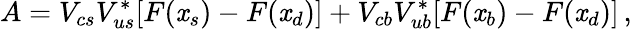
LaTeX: A=V_{cs}V_{us}^{*}[F(\mathit{x}_{s})-F(\mathit{x}_{d})]+V_{cb}V_{ub}^{*}[F(\mathit{x}_{b})-F(\mathit{x}_{d})]\, ,